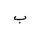
Letter: _ba